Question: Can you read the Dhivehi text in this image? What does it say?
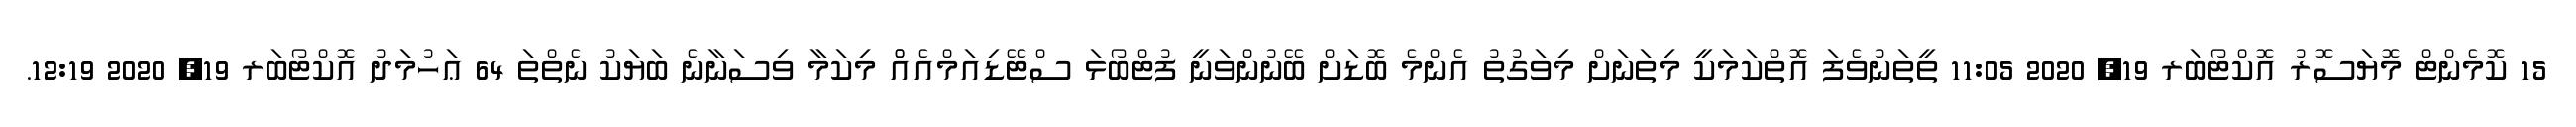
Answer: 15 ކޮމެންޓް މޮޔަސޮރު އޮކްޓޯބަރ 19, 2020 11:05 ތީތަނުވެފަ އޮތްކަމަކީ މިތަނަށް މިވަގުތު އެންމެ ބޮޑަށް ބޭނުންވަނީ ފުޓްބޯޅަ ސްޓޭޑިއަމްއެއްް މިކަމާ ވިސަނާނެ ބަޔަކު ނެތްތަ 64 ޢަހުމަދު އޮކްޓޯބަރ 19, 2020 12:19.